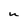
Character: U